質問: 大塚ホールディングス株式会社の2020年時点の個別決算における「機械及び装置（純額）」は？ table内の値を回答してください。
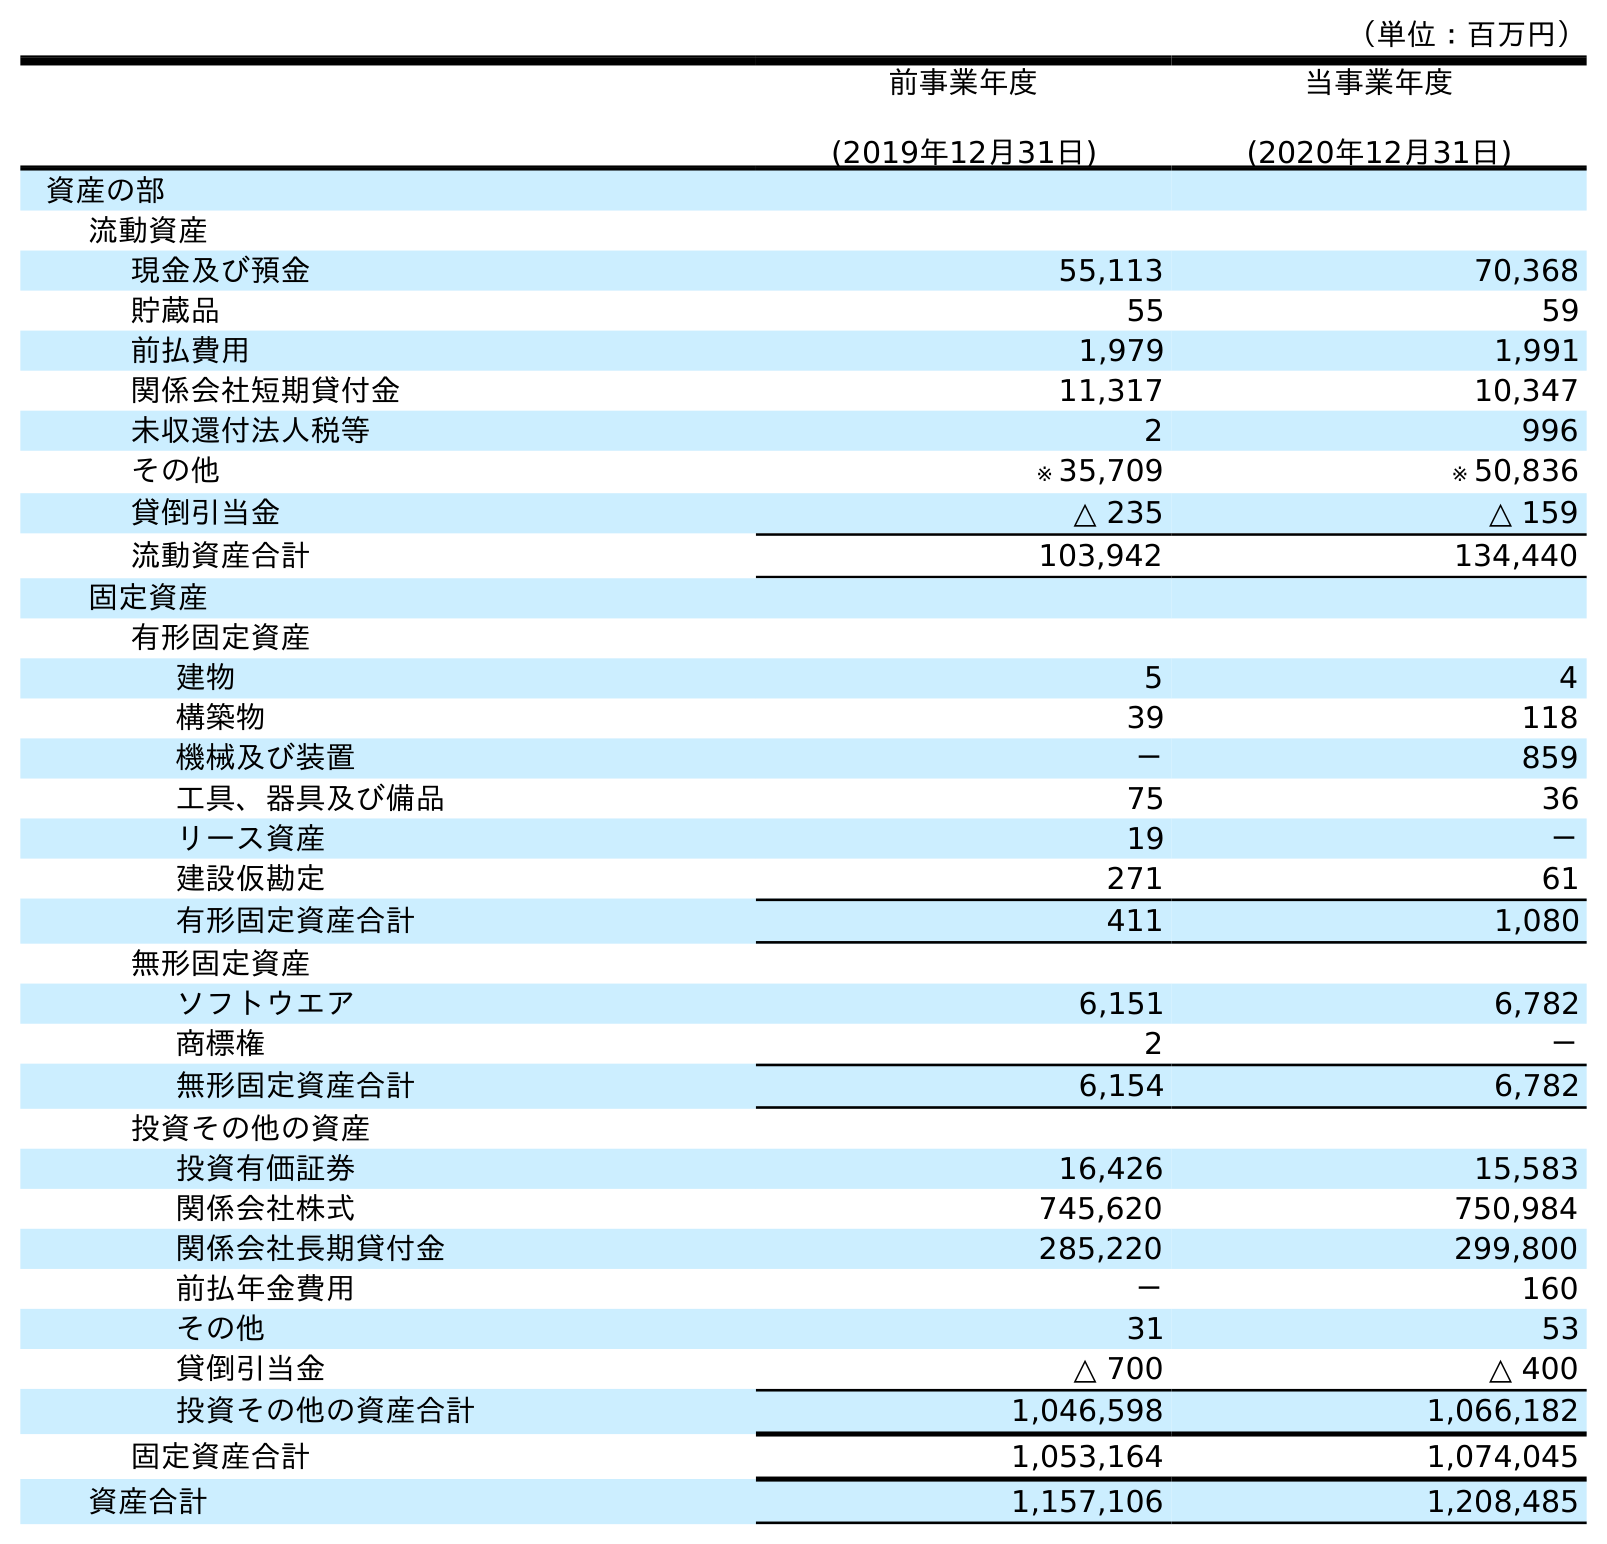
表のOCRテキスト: （単位：百万円） 前事業年度 (2019年12月31日) 当事業年度 (2020年12月31日) 資産の部 流動資産 現金及び預金 55,113 70,368 貯蔵品 55 59 前払費用 1,979 1,991 関係会社短期貸付金 11,317 10,347 未収還付法人税等 2 996 その他 ※ 35,709 ※ 50,836 貸倒引当金 △ 235 △ 159 流動資産合計 103,942 134,440 固定資産 有形固定資産 建物 5 4 構築物 39 118 機械及び装置 － 859 工具、器具及び備品 75 36 リース資産 19 － 建設仮勘定 271 61 有形固定資産合計 411 1,080 無形固定資産 ソフトウエア 6,151 6,782 商標権 2 － 無形固定資産合計 6,154 6,782 投資その他の資産 投資有価証券 16,426 15,583 関係会社株式 745,620 750,984 関係会社長期貸付金 285,220 299,800 前払年金費用 － 160 その他 31 53 貸倒引当金 △ 700 △ 400 投資その他の資産合計 1,046,598 1,066,182 固定資産合計 1,053,164 1,074,045 資産合計 1,157,106 1,208,485
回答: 859